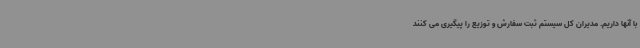
با آنها داریم. مدیران کل سیستم ثبت سفارش و توزیع را پیگیری می کنند